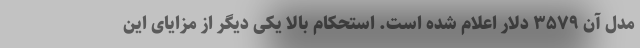
مدل آن ۳۵۷۹ دلار اعلام شده است. استحکام بالا یکی دیگر از مزایای این